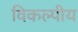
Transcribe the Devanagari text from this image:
विकल्पीय